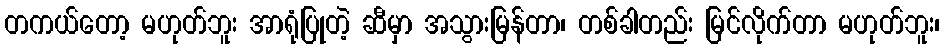
တကယ်တော့ မဟုတ်ဘူး အာရုံပြုတဲ့ ဆီမှာ အသွားမြန်တာ၊ တစ်ခါတည်း မြင်လိုက်တာ မဟုတ်ဘူး၊